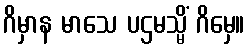
ဂိမှာန မာသေ ပဌမသ္မိံ ဂိမှေ။